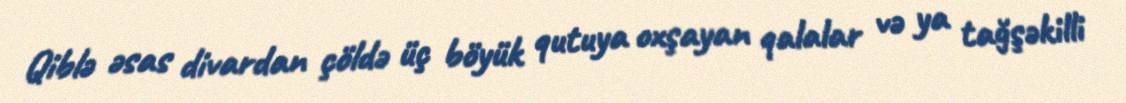
Qiblə əsas divardan çöldə üç böyük qutuya oxşayan qalalar və ya tağşəkilli